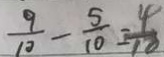
\frac { 9 } { 1 0 } - \frac { 5 } { 1 0 } = \frac { 4 } { 1 8 }